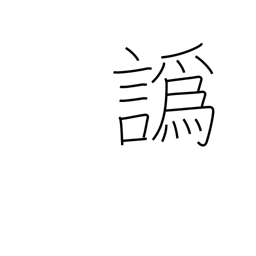
Meaning: accent